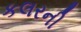
કલરની